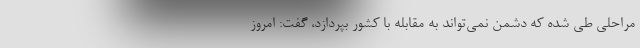
مراحلی طی شده که دشمن نمی‌تواند به مقابله با کشور بپردازد، گفت‌: امروز